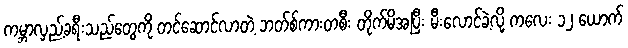
ကမ္ဘာလှည့်ခရီးသည်တွေကို တင်ဆောင်လာတဲ့ ဘတ်စ်ကားတစီး တိုက်မိအပြီး မီးလောင်ခဲ့လို့ ကလေး ၁၂ ယောက်